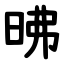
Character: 昲